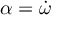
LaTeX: \alpha = { \dot { \omega } }